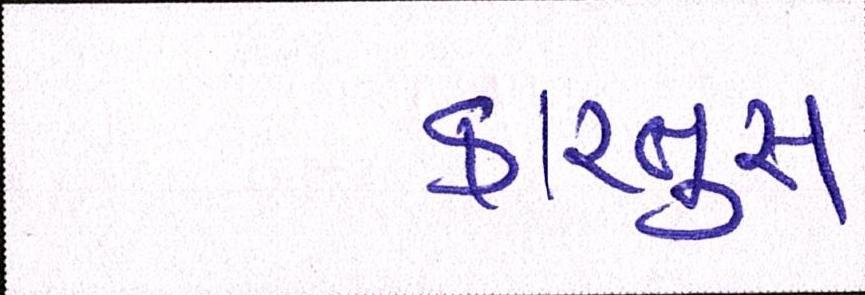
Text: કારતુસ